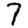
Digit: 7